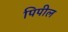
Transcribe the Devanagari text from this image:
पिपील